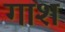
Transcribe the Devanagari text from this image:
गाश